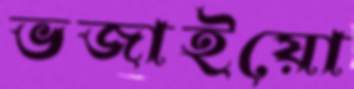
ভজাইয়ো